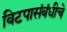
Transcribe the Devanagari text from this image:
विटपासंबंधीचे